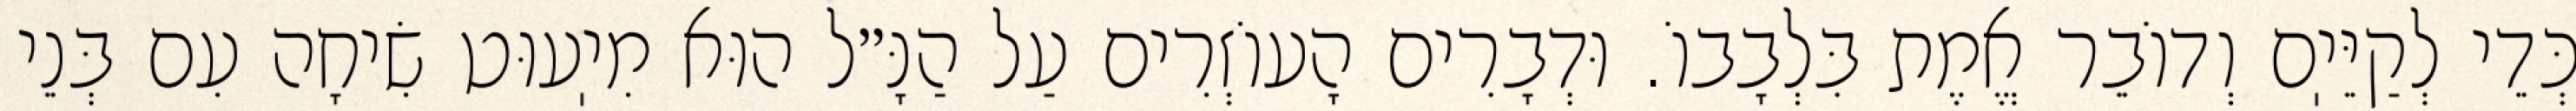
כְּדֵי לְקַיֵּיֽם וְדוֹבֵר אֱמֶת בִּלְבָבוֹ. וּדְבָרִים הָעוֹזְרִים עַל הַנָּ״ל הוּא מִיֽעוּט שִׂיחָה עִם בְּנֵי